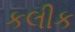
કલીક